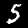
Label: 5